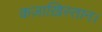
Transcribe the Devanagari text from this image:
कज़ाख़िस्तान।